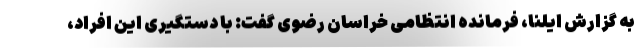
به گزارش ایلنا، فرمانده انتظامی خراسان رضوی گفت: با دستگیری این افراد،